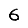
Digit: 6